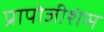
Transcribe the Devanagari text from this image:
प्रापोजीशंस